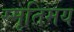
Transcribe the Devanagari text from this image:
स्मृतिमय